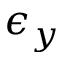
\epsilon _ { y }